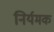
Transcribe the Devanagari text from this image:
निर्यमक